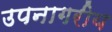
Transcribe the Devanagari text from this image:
उपनागरीय